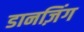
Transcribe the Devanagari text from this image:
डानज़िंग